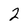
Character: 2